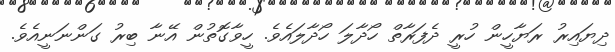
ދިޔައިރު ރަޔާހީން ހުރީ ދެފަރާތް ހޯދާލަ ހޯދާލައެވެ. ހީވާގޮތުން އޭނާ ބިރު ގަންނަނީއެވެ.